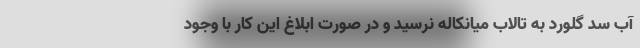
آب سد گلورد به تالاب میانکاله نرسید و در صورت ابلاغ این کار با وجود